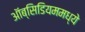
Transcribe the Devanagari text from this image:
ऑब्सिडियममध्ये